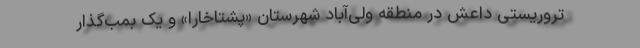
تروریستی داعش در منطقه ولی‌آباد شهرستان «پشتاخارا» و یک بمب‌گذار